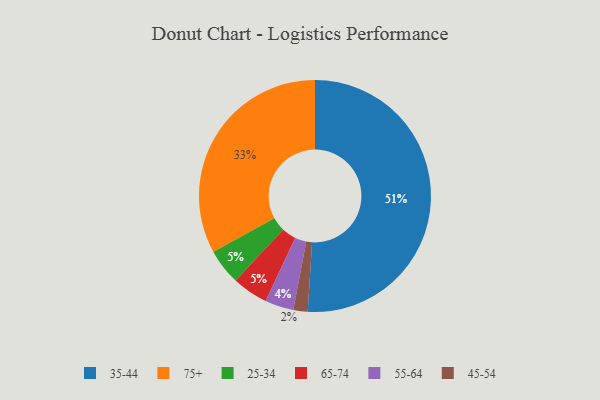
{"axis": {"x": "Category", "y": "Percentage"}, "legend": ["25-34", "35-44", "45-54", "55-64", "65-74", "75+"], "data": [{"x": "35-44", "y": 51, "type": "35-44"}, {"x": "75+", "y": 33, "type": "75+"}, {"x": "25-34", "y": 5, "type": "25-34"}, {"x": "65-74", "y": 5, "type": "65-74"}, {"x": "45-54", "y": 2, "type": "45-54"}, {"x": "55-64", "y": 4, "type": "55-64"}]}